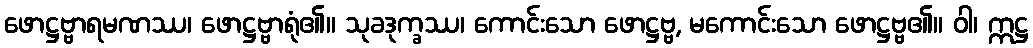
ဖောဋ္ဌဗ္ဗာရမဏဿ၊ ဖောဋ္ဌဗ္ဗာရုံ၏။ သုခဒုက္ခဿ၊ ကောင်းသော ဖောဋ္ဌဗ္ဗ, မကောင်းသော ဖောဋ္ဌဗ္ဗ၏။ ဝါ၊ ဣဋ္ဌ